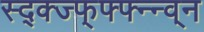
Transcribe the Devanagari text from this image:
स्द्क्ज्फ्फ्फ्न्न्व्न